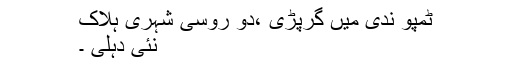
ٹمپو ندی میں گرپڑی ،دو روسی شہری ہلاک
نئی دہلی ۔